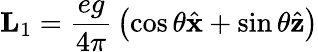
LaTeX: {\mathbf L}_{1}={\frac{eg}{4\pi}}\left(\cos\theta{\hat{\mathbf x}}+\sin\theta{\hat{\mathbf z}}\right)